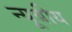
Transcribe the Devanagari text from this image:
न्यूबीय